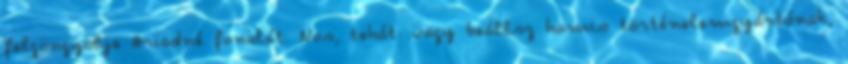
felgöngyölje Ariadné fonalát. Nos, tehát: vagy beállsz hamis történelemgyártónak,